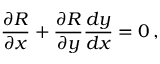
{ \frac { \partial R } { \partial x } } + { \frac { \partial R } { \partial y } } { \frac { d y } { d x } } = 0 \, ,